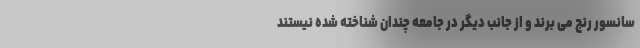
سانسور رنج می برند و از جانب دیگر در جامعه چندان شناخته شده نیستند